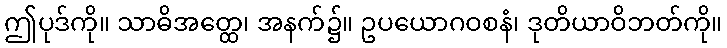
ဤပုဒ်ကို။ သာဓိအတ္ထေ၊ အနက်၌။ ဥပယောဂဝစနံ၊ ဒုတိယာဝိဘတ်ကို။